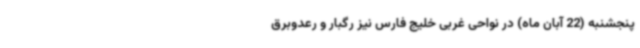
پنجشنبه (22 آبان ماه) در نواحی غربی خلیج فارس نیز رگبار و رعدوبرق